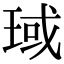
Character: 琙